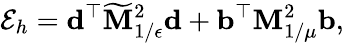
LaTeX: \mathcal{E}_{h}=\mathbf{d}^{\top}\widetilde{\mathbf{M}}_{1/\epsilon}^{2}\mathbf{d}+\mathbf{b}^{\top}\mathbf{M}_{1/\mu}^{2}\mathbf{b},